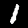
Label: 1